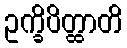
ဥက္ခိပိတ္ထာတိ